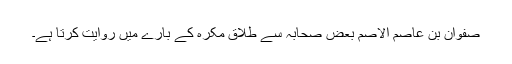
صفوان بن عاصم الاصم بعض صحابہ سے طلاق مکرہ کے بارے میں روایت کرتا ہے۔